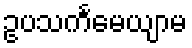
ဥပသင်္ကမေယျာမ